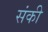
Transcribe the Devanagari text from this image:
संकी